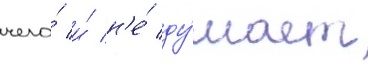
чего́ и́ н'е́ ду́мает